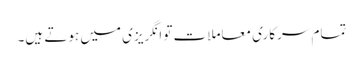
تمام سرکاری معاملات تو انگریزی میں ہوتے ہیں۔